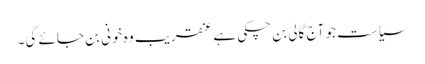
سیاست جو آج گالی بن چکی ہے عنقریب وہ خونی بن جائے گی۔